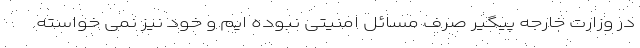
در وزارت خارجه پیگیر صرف مسائل امنیتی نبوده ایم و خود نیز نمی خواسته